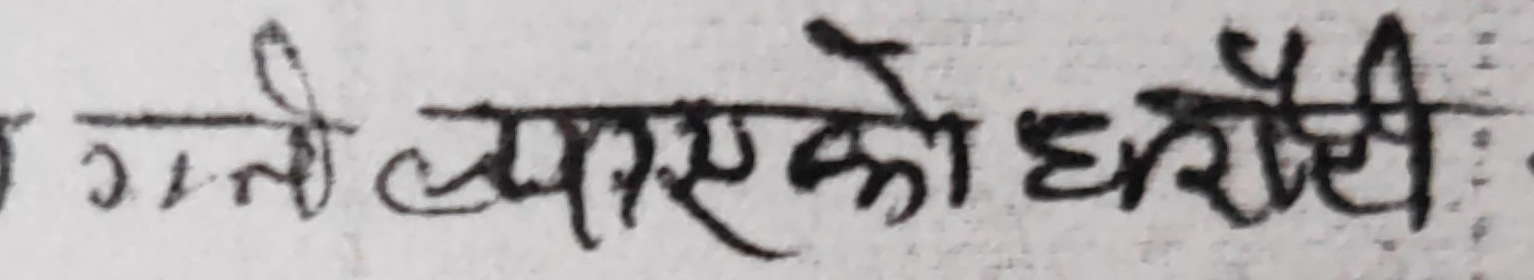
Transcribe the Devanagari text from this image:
गनी ल्याएको घरैसी